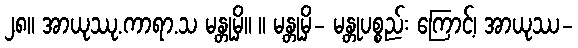
၂၈။ အာယုဿု.ကာရာ.သ မန္တုမှိ။ ။ မန္တုမှိ- မန္တုပစ္စည်း ကြောင့်၊ အာယုဿ-